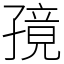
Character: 𫲭